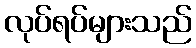
လုပ်ရပ်များသည်